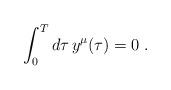
LaTeX: \begin{align*}\int_0^T d\tau\,y^\mu(\tau)=0\;.\end{align*}